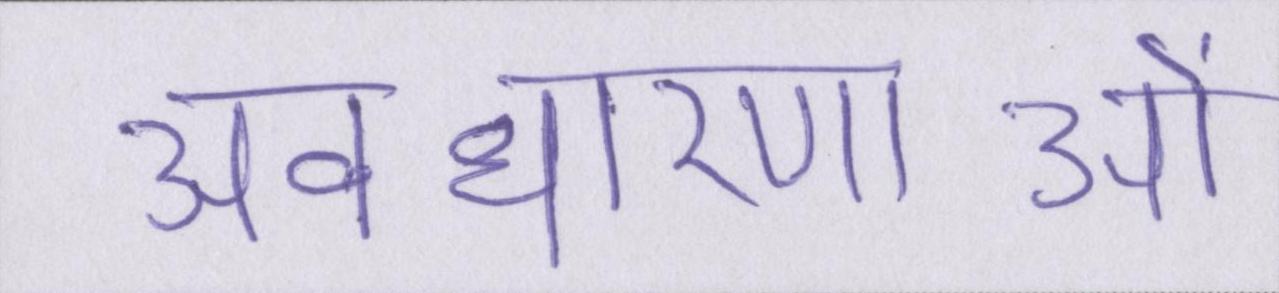
अवधारणाओं